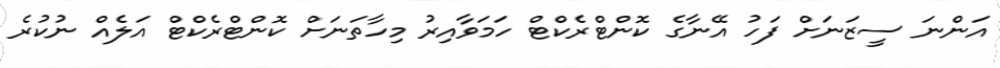
އަންނަ ސީޒަނަށް ފަހު އޭނާގެ ކޮންޓްރެކްޓް ހަމަވާއިރު މިހާތަނަށް ކޮންޓްރެކްޓް އަލެއް ނުކުރެ